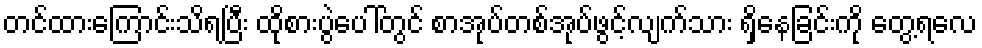
တင်ထားကြောင်းသိရပြီး ထိုစားပွဲပေါ်တွင် စာအုပ်တစ်အုပ်ဖွင့်လျက်သား ရှိနေခြင်းကို တွေ့ရလေ